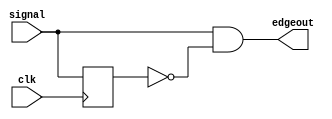
`timescale 1ns / 1ps

module PosedgeDetector(input clk, input signal, output edgeout);
	reg signal_d;
 
	always @ (posedge clk) begin
		signal_d <= signal;
	end
	
	assign edgeout = signal & (~signal_d);

endmodule